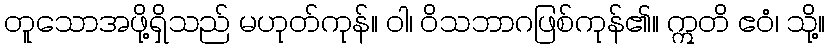
တူသောအဖို့ရှိသည် မဟုတ်ကုန်။ ဝါ၊ ဝိသဘာဂဖြစ်ကုန်၏။ ဣတိ ဧဝံ၊ သို့။